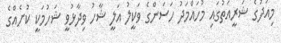
މިއަދުގެ ޝަރީއަތުގައި މުހައްމަދު ހަސަންގެ ވަކީލު އަލީ ޝާހު ވިދާޅުވީ ޝަހުމަކީ ކުށެއްގެ